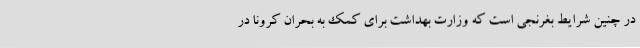
در چنین شرایط بغرنجی است که وزارت بهداشت برای کمک به بحران کرونا در